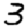
Digit: 3